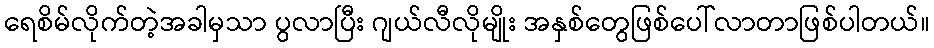
ရေစိမ်လိုက်တဲ့အခါမှသာ ပွလာပြီး ဂျယ်လီလိုမျိုး အနှစ်တွေဖြစ်ပေါ်လာတာဖြစ်ပါတယ်။